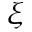
\xi